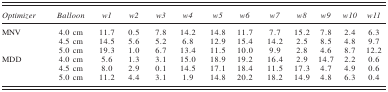
| Optimizer | Balloon | w1 | w2 | w3 | w4 | w5 | w6 | w7 | w8 | w9 | w10 | w11 |
 | --- | --- | --- | --- | --- | --- | --- | --- | --- | --- | --- | --- | --- |
 | MNV | 4.0 cm | 11.7 | 0.5 | 7.8 | 14.2 | 14.8 | 11.7 | 7.7 | 15.2 | 7.8 | 2.4 | 6.3 |
 |  | 4.5 cm | 14.5 | 5.6 | 5.2 | 6.8 | 12.9 | 15.4 | 14.2 | 2.5 | 8.5 | 4.8 | 9.7 |
 |  | 5.0 cm | 19.3 | 1.0 | 6.7 | 13.4 | 11.5 | 10.0 | 9.9 | 2.8 | 4.6 | 8.7 | 12.2 |
 | MDD | 4.0 cm | 5.6 | 1.3 | 3.1 | 15.0 | 18.9 | 19.2 | 16.4 | 2.9 | 14.7 | 2.2 | 0.6 |
 |  | 4.5 cm | 8.0 | 2.9 | 0.1 | 14.5 | 17.1 | 18.4 | 11.5 | 17.3 | 4.7 | 4.9 | 0.6 |
 |  | 5.0 cm | 11.2 | 4.4 | 3.1 | 1.9 | 14.8 | 20.2 | 18.2 | 14.9 | 4.8 | 6.3 | 0.4 |